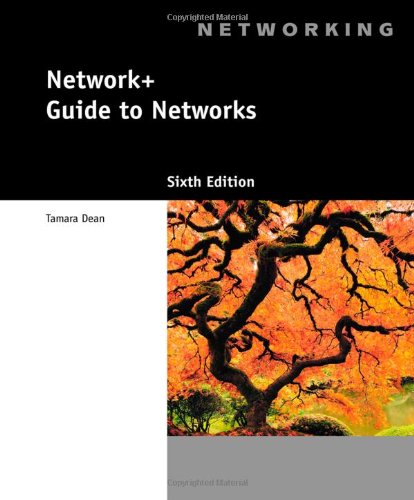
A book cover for Network+ Guide to Networks (with Printed Access Card); Tamara Dean; Engineering & Transportation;